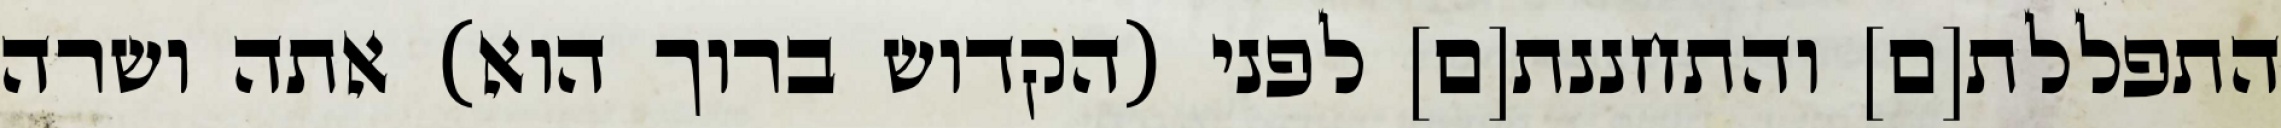
התפללת[ם] והתחננת[ם] לפני (הקדוש ברוך הוא) אתה ושרה